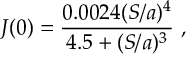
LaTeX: J ( 0 ) = \frac { 0 . 0 0 2 4 ( S / a ) ^ { 4 } } { 4 . 5 + ( S / a ) ^ { 3 } } ~ ,